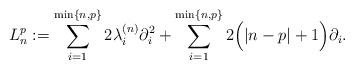
LaTeX: \begin{align*}L^p_n := \sum_{i = 1}^{\min\{n, p\}} 2 \lambda_i^{(n)} \partial_i^2 + \sum_{i = 1}^{\min\{n, p\}} 2\Big(|n - p| + 1\Big) \partial_i.\end{align*}